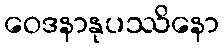
ဝေဒနာနုပဿိနော